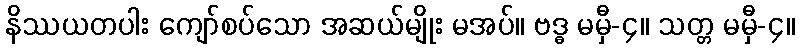
နိဿယတပါး ကျော်စပ်သော အဆယ်မျိုး မအပ်။ ဗဒ္ဓ မမှီ-၄။ သတ္တ မမှီ-၄။